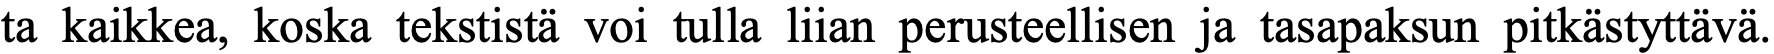
ta kaikkea, koska tekstistä voi tulla liian perusteellisen ja tasapaksun pitkästyttävä.